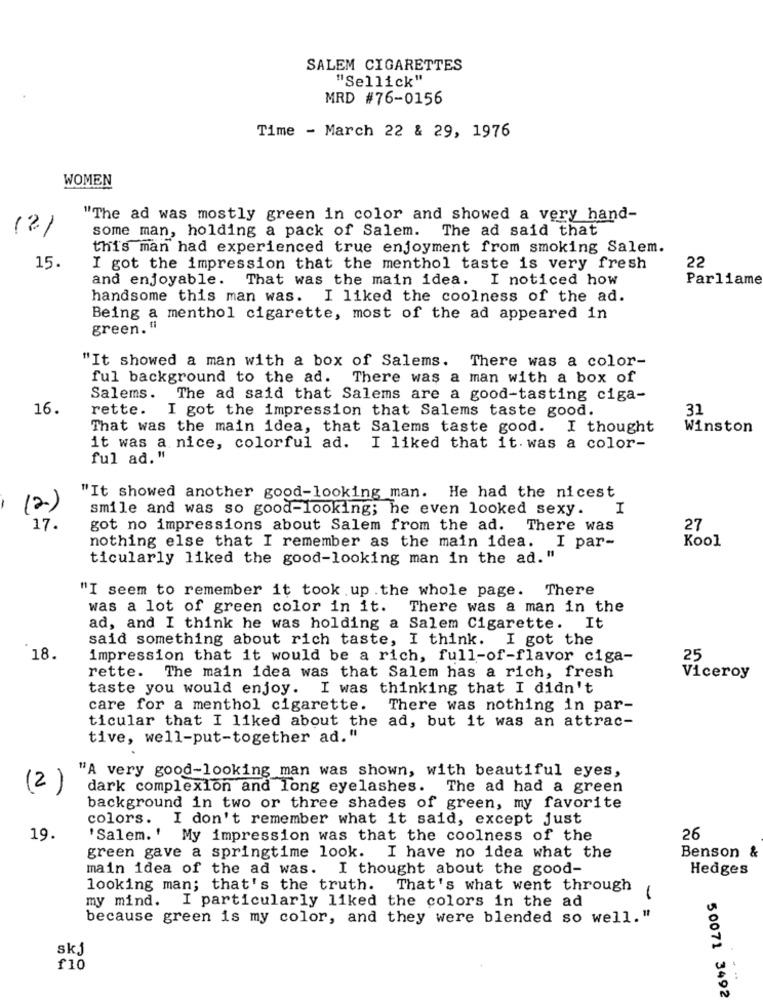
SALEM CIGARETTES
"Sellick"
MRD #76-0156
Time - March 22 & 29, 1976
WOMEN
"The ad was mostly green in color and showed a very hand-
(2)
some man, holding a pack of Salem. The ad said that
this man had experienced true enjoyment from smoking Salem.
15.
I got the impression that the menthol taste is very fresh
22
and enjoyable. That was the main idea. I noticed how
Parliame
handsome this man was. I liked the coolness of the ad.
Being a menthol cigarette, most of the ad appeared in
green. "
"It showed a man with a box of Salems. There was a color-
ful background to the ad. There was a man with a box of
Salems.
The ad said that Salems are a good-tasting ciga-
16.
rette.
I got the impression that Salems taste good.
31
That was the main idea, that Salems taste good. I thought
Winston
it was a nice, colorful ad.
I liked that it. was a color-
ful ad."
"It showed another good-looking man. He had the nicest
(2)
smile and was so good-looking; he even looked sexy. I
17.
got no impressions about Salem from the ad. There was
27
nothing else that I remember as the main idea. I par-
Kool
ticularly liked the good-looking man in the ad. "
"I seem to remember it took up .the whole page. There
was a lot of green color in it. There was a man in the
ad, and I think he was holding a Salem Cigarette. It
said something about rich taste, I think. I got the
18.
impression that it would be a rich, full-of-flavor ciga-
25
rette. The main idea was that Salem has a rich, fresh
Viceroy
taste you would enjoy. I was thinking that I didn't
care for a menthol cigarette. There was nothing in par-
ticular that I liked about the ad, but it was an attrac-
tive, well-put-together ad."
"A very good-looking man was shown, with beautiful eyes,
(2)
dark complexion and long eyelashes. The ad had a green
background in two or three shades of green, my favorite
colors. I don't remember what it said, except just
19.
'Salem.' My impression was that the coolness of the
26
green gave a springtime look. I have no idea what the
Benson &
main idea of the ad was. I thought about the good-
Hedges
looking man; that's the truth. That's what went through
my mind. I particularly liked the colors in the ad
because green is my color, and they were blended so well."
skj
£10
--
50071 3492